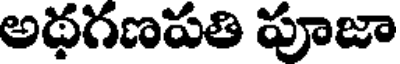
అథగణపతి పూజా